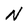
Character: N